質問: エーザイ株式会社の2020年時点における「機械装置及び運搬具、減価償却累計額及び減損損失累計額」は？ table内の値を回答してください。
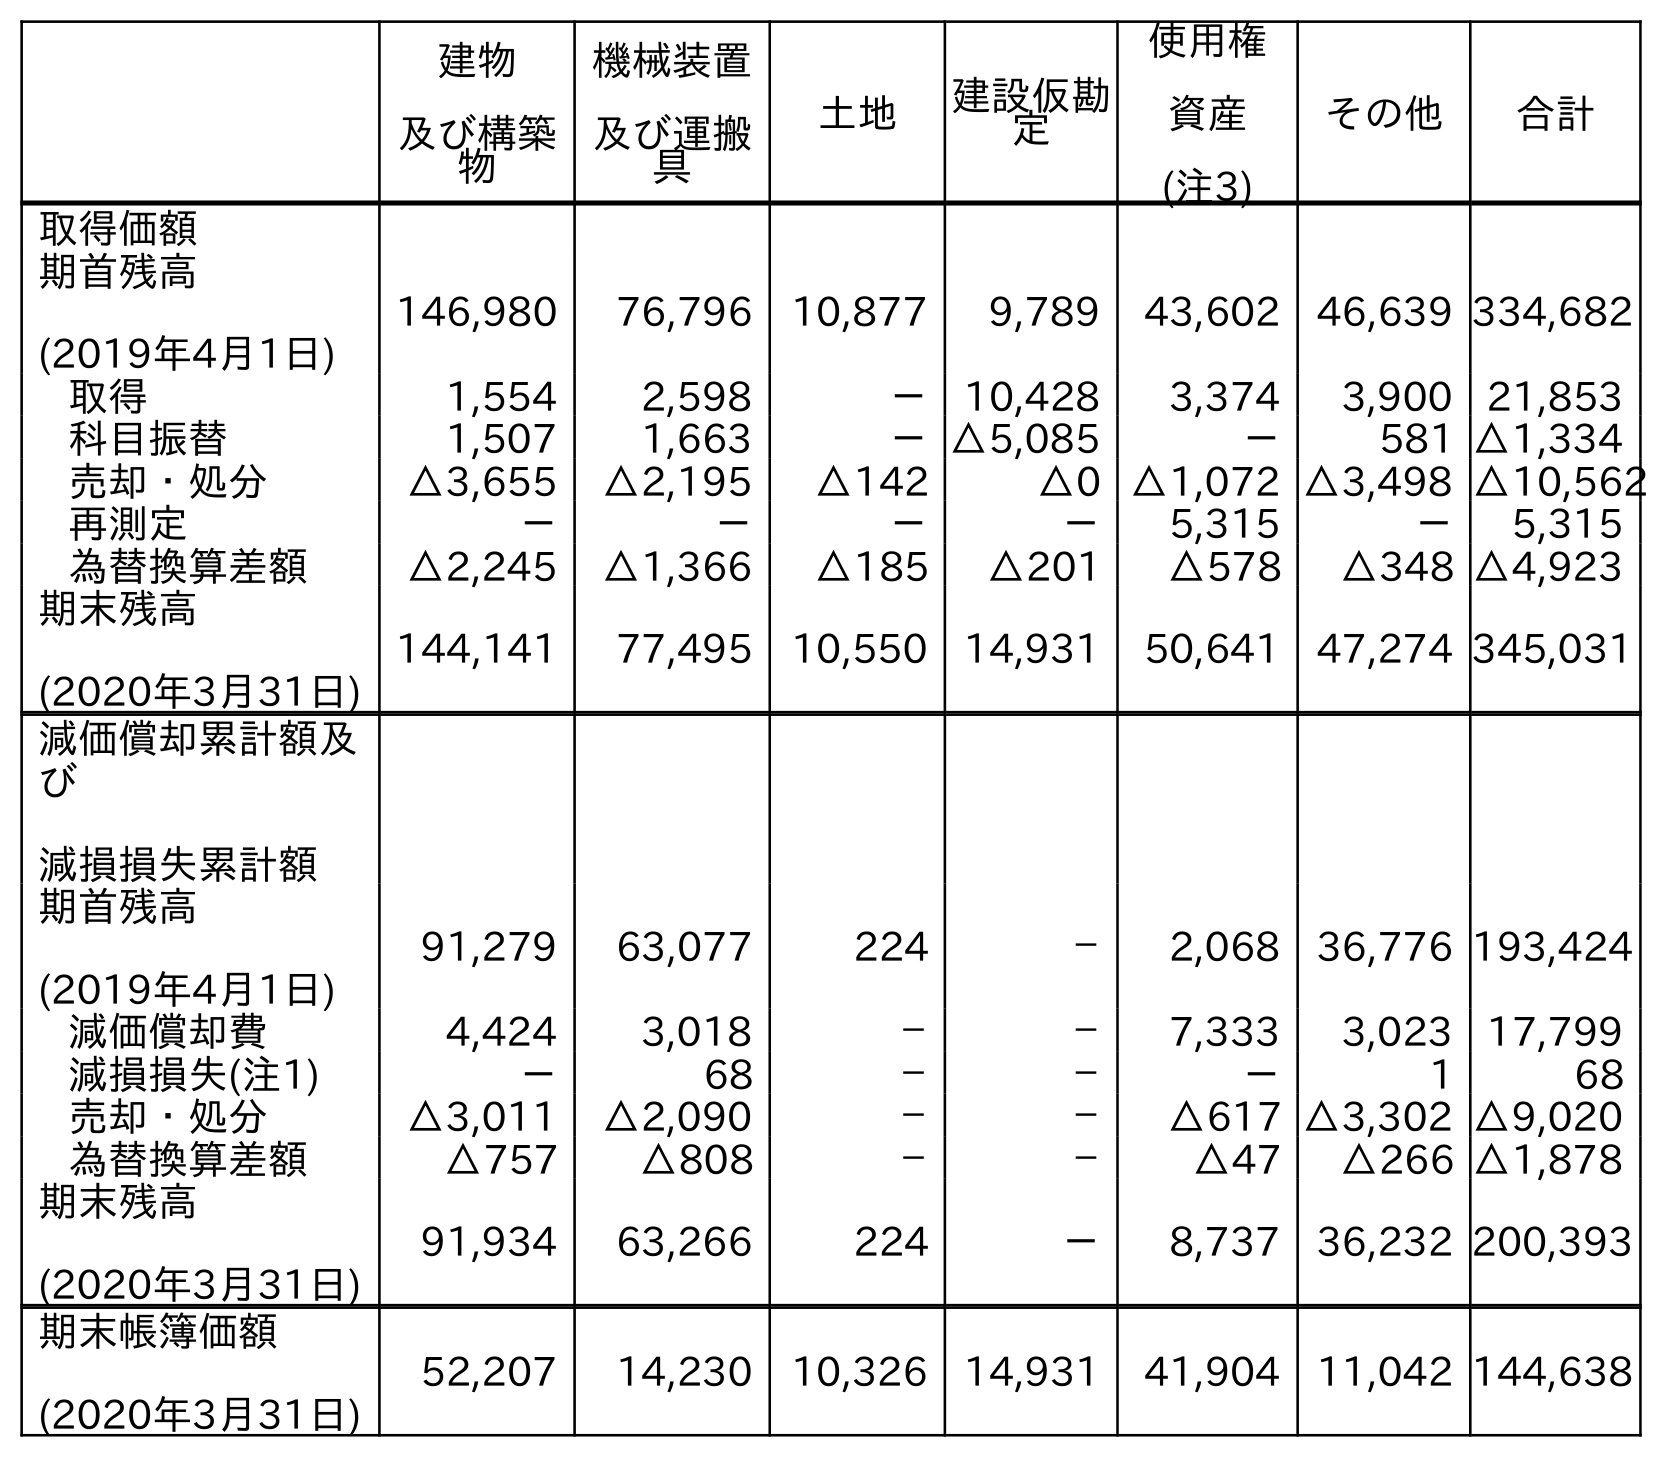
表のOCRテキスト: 建物 及び構築 物 機械装置 及び運搬 具 土地 建設仮勘 定 使用権 資産 (注3) その他 合計 取得価額 期首残高 (2019年4月1日) 146,980 76,796 10,877 9,789 43,602 46,639 334,682 取得 1,554 2,598 － 10,428 3,374 3,900 21,853 科目振替 1,507 1,663 －△5,085 － 581 △1,334 売却・処分 △3,655 △2,195 △142 △0 △1,072 △3,498 △10,562 再測定 － － － － 5,315 － 5,315 為替換算差額 △2,245 △1,366 △185 △201 △578 △348 △4,923 期末残高 (2020年3月31日) 144,141 77,495 10,550 14,931 50,641 47,274 345,031 減価償却累計額及 び 減損損失累計額 期首残高 (2019年4月1日) 91,279 63,077 224 － 2,068 36,776 193,424 減価償却費 4,424 3,018 － － 7,333 3,023 17,799 減損損失(注1) － 68 － － － 1 68 売却・処分 △3,011 △2,090 － － △617 △3,302 △9,020 為替換算差額 △757 △808 － － △47 △266 △1,878 期末残高 (2020年3月31日) 91,934 63,266 224 － 8,737 36,232 200,393 期末帳簿価額 (2020年3月31日) 52,207 14,230 10,326 14,931 41,904 11,042 144,638
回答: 63,266